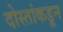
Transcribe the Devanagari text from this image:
दोस्तांकडून